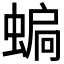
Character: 𧍮